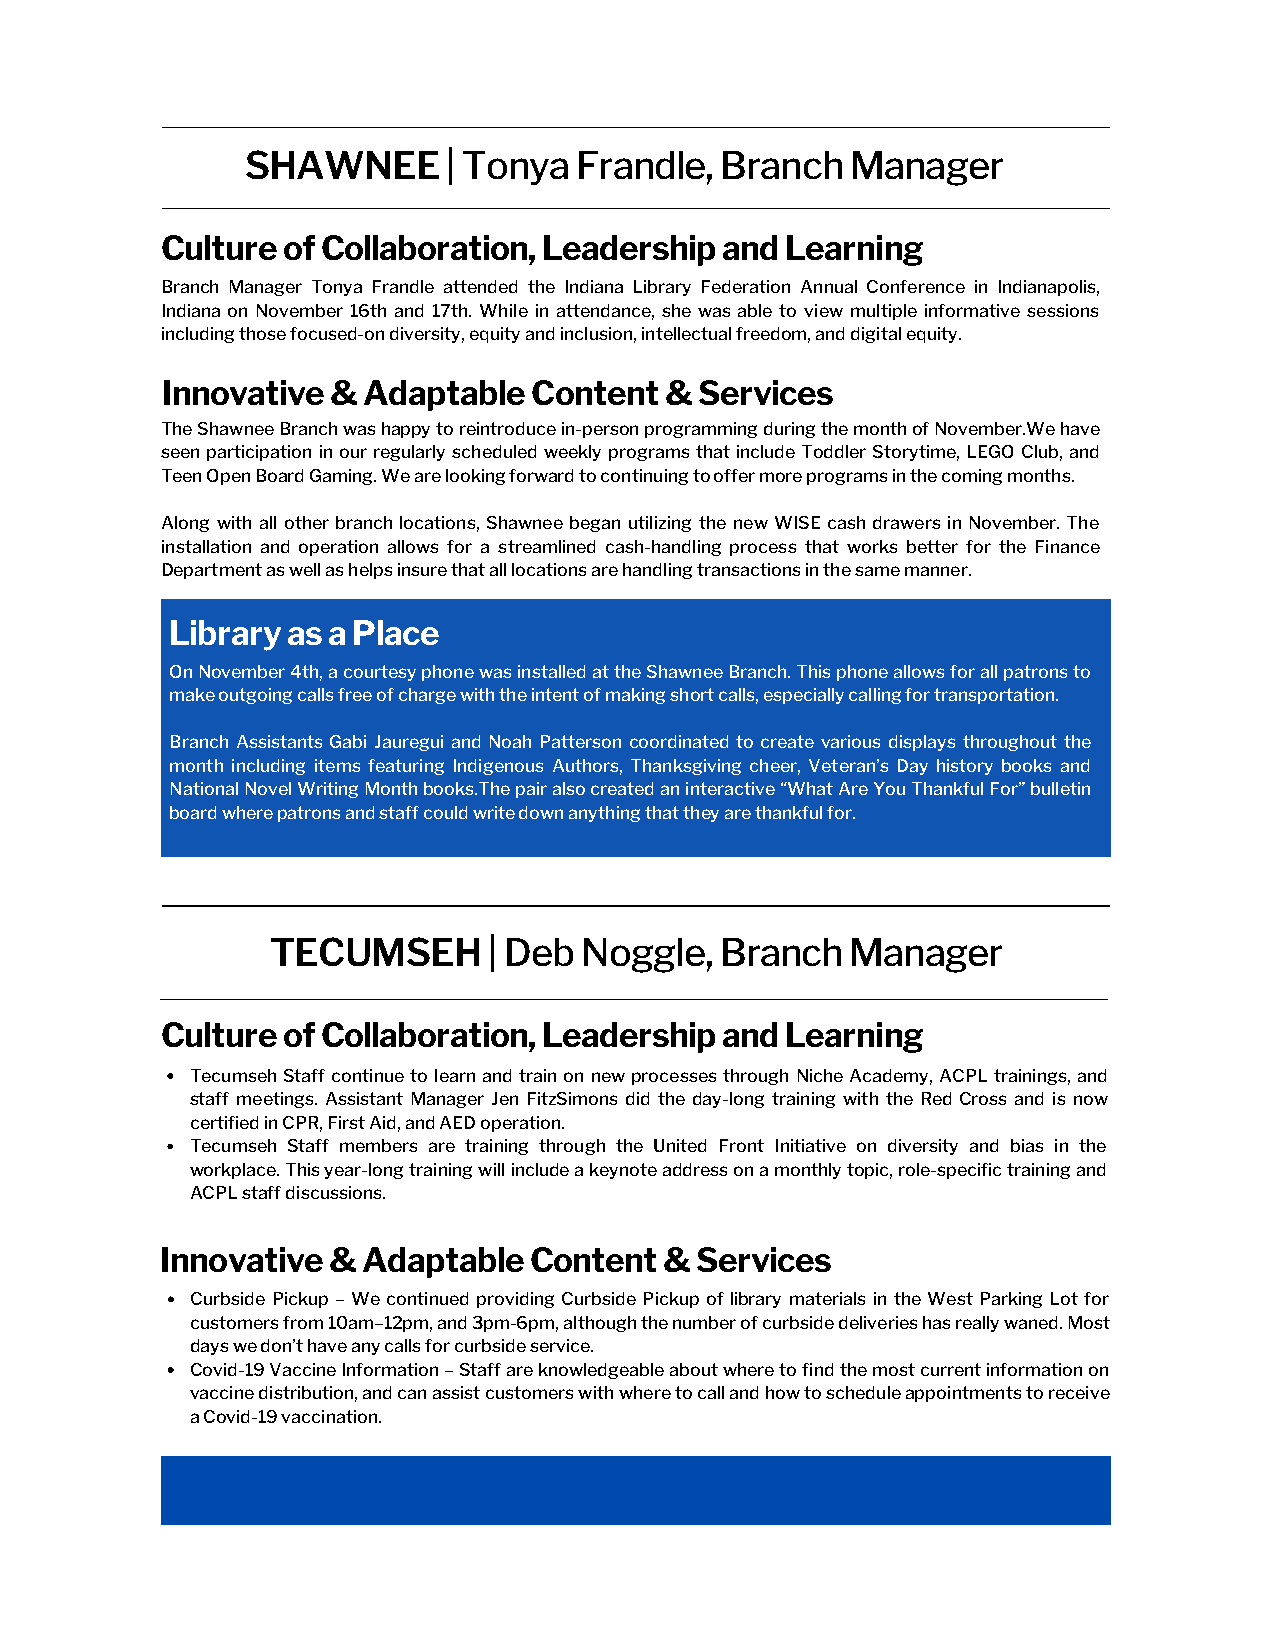
SHAWNEE       | Tonya Frandle,  Branch  Manager
 Culture of Collaboration, Leadership and Learning
 Branch Manager Tonya Frandle attended the Indiana Library Federation Annual Conference in Indianapolis,
 Indiana on November 16th and 17th. While in attendance, she was able to view multiple informative sessions
 including those focused-on diversity, equity and inclusion, intellectual freedom, and digital equity.
 Innovative & Adaptable  Content  & Services
 The Shawnee Branch was happy to reintroduce in-person programming during the month of November.We have
 seen participation in our regularly scheduled weekly programs that include Toddler Storytime, LEGO Club, and
 Teen Open Board Gaming. We are looking forward to continuing to offer more programs in the coming months.
 Along with all other branch locations, Shawnee began utilizing the new WISE cash drawers in November. The
 installation and operation allows for a streamlined cash-handling process that works better for the Finance
 Department as well as helps insure that all locations are handling transactions in the same manner.
 Library as a Place
 On November 4th, a courtesy phone was installed at the Shawnee Branch. This phone allows for all patrons to
 make outgoing calls free of charge with the intent of making short calls, especially calling for transportation.
 Branch Assistants Gabi Jauregui and Noah Patterson coordinated to create various displays throughout the
 month including items featuring Indigenous Authors, Thanksgiving cheer, Veteran’s Day history books and
 National Novel Writing Month books.The pair also created an interactive “What Are You Thankful For” bulletin
 board where patrons and staff could write down anything that they are thankful for.
 TECUMSEH      | Deb Noggle,   Branch  Manager
 Culture of Collaboration, Leadership and Learning
 Tecumseh Staff continue to learn and train on new processes through Niche Academy, ACPL trainings, and
 staff meetings. Assistant Manager Jen FitzSimons did the day-long training with the Red Cross and is now
 certified in CPR, First Aid, and AED operation.
 Tecumseh Staff members are training through the United Front Initiative on diversity and bias in the
 workplace. This year-long training will include a keynote address on a monthly topic, role-specific training and
 ACPL staff discussions.
 Innovative & Adaptable  Content  & Services
 Curbside Pickup – We continued providing Curbside Pickup of library materials in the West Parking Lot for
 customers from 10am–12pm, and 3pm-6pm, although the number of curbside deliveries has really waned. Most
 days we don’t have any calls for curbside service.
 Covid-19 Vaccine Information – Staff are knowledgeable about where to find the most current information on
 vaccine distribution, and can assist customers with where to call and how to schedule appointments to receive
 a Covid-19 vaccination.